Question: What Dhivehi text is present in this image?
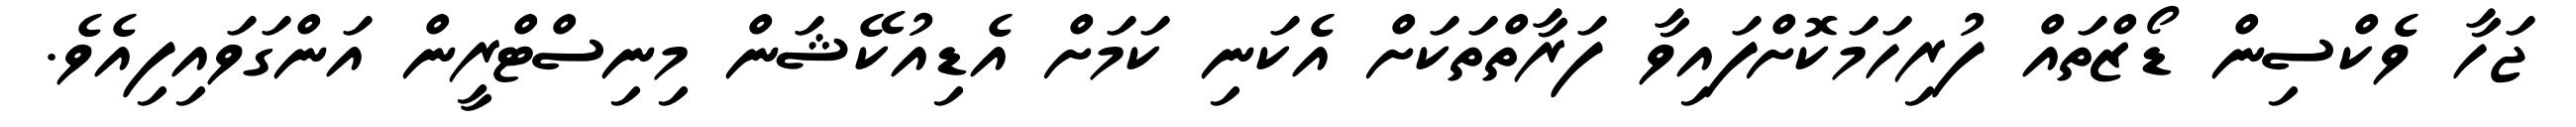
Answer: ޖަހާ ވެކްސިން ޑޯޒްތައް ފުރިހަމަކޮށްފައިވާ ފަރާތްތަކަށް އެކަނި ކަމަށް އެޑިއުކޭޝަން މިނިސްޓްރީން އަންގަވައިފިއެވެ.